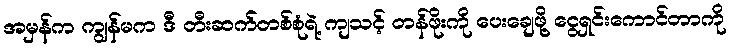
အမှန်က ကျွန်မက ဒီ တီးဆက်တစ်စုံရဲ့ ကျသင့် တန်ဖိုးကို ပေးချေဖို့ ငွေရှင်းကောင်တာကို